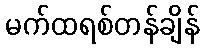
မက်ထရစ်တန်ချိန်